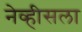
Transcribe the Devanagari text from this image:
नेव्हीसला